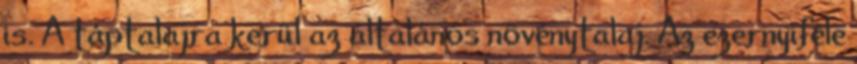
is. A táptalajra kerül az általános növénytalaj. Az ezernyiféle